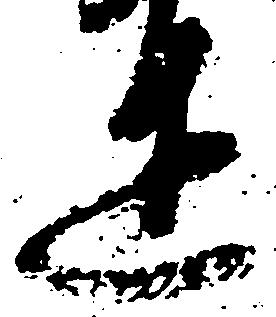
達